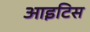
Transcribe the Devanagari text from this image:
आइटिस